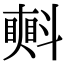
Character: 㪺